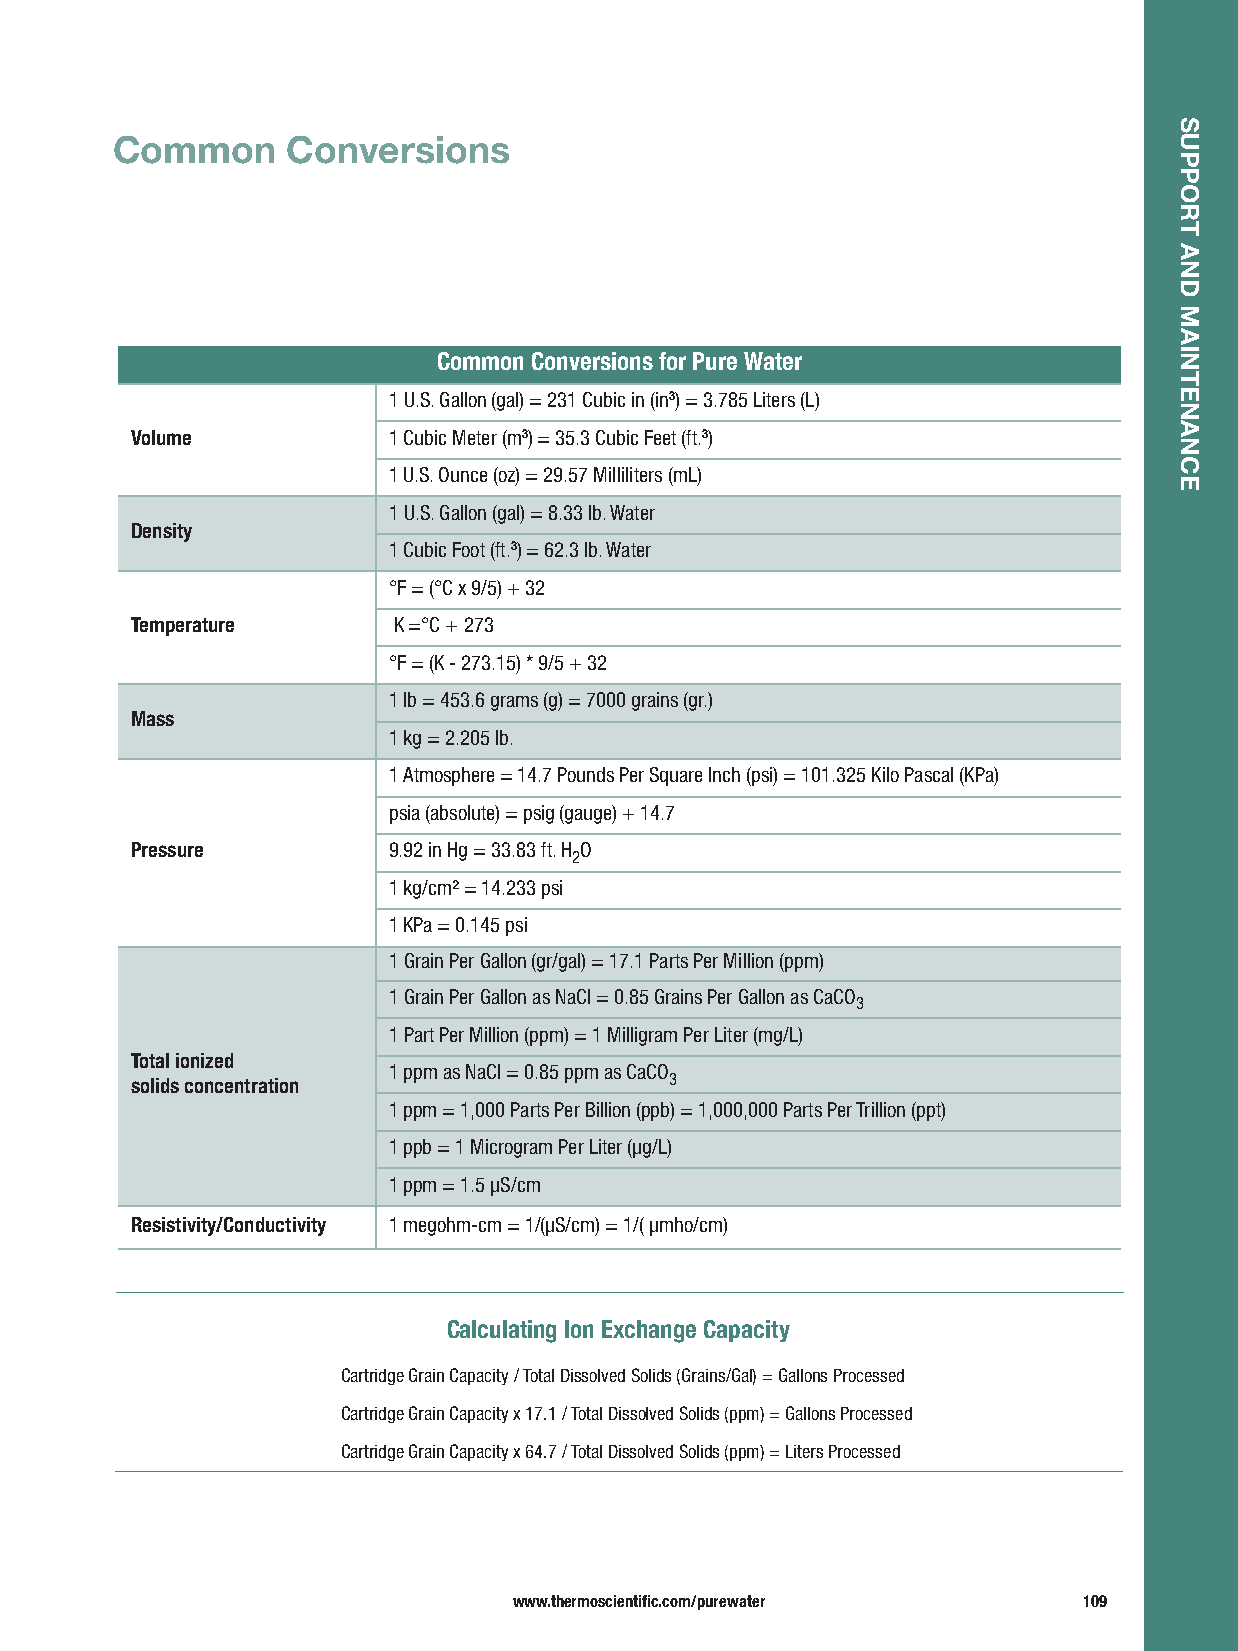
Common      Conversions
 Common Conversions for Pure Water
 1 U.S. Gallon (gal) = 231 Cubic in (in3) = 3.785 Liters (L)
 Volume           1 Cubic Meter (m3) = 35.3 Cubic Feet (ft.3)
 1 U.S. Ounce (oz) = 29.57 Milliliters (mL)
 1 U.S. Gallon (gal) = 8.33 lb. Water
 Density
 1 Cubic Foot (ft.3) = 62.3 lb. Water
 °F= (°C x 9/5) + 32
 Temperature      K =°C + 273
 °F= (K - 273.15) * 9/5 + 32
 1 lb = 453.6 grams (g) = 7000 grains (gr.)
 Mass
 1 kg = 2.205 lb.
 1 Atmosphere = 14.7 Pounds Per Square Inch (psi) = 101.325 Kilo Pascal (KPa)
 psia (absolute) = psig (gauge) + 14.7
 Pressure         9.92 in Hg = 33.83 ft. H O
 2
 1 kg/cm2= 14.233 psi
 1 KPa = 0.145 psi
 1 Grain Per Gallon (gr/gal) = 17.1 Parts Per Million (ppm)
 1 Grain Per Gallon as NaCl = 0.85 Grains Per Gallon as CaCO
 3
 1 Part Per Million (ppm) = 1 Milligram Per Liter (mg/L)
 Total ionized
 1 ppm as NaCl = 0.85 ppm as CaCO
 solids c oncentration              3
 1 ppm = 1,000 Parts Per Billion (ppb) = 1,000,000 Parts Per Trillion (ppt)
 1 ppb = 1 Microgram Per Liter (μg/L)
 1 ppm = 1.5 μS/cm
 Resistivity/Conductivity 1 megohm-cm = 1/(μS/cm) = 1/( μmho/cm)
 Calculating Ion Exchange Capacity
 Cartridge Grain Capacity / Total Dissolved Solids (Grains/Gal) = Gallons Processed
 Cartridge Grain Capacity x 17.1 / Total Disso lved Solids (ppm) = Gallons Processed
 Cartridge Grain Capacity x 64.7 / Total Dissolved Solids (ppm) = Liters Processed
 www.thermoscientific.com/purewater    109
 SUPPORT
 AND
 MAINTENANCE